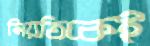
নিয়তিকেই